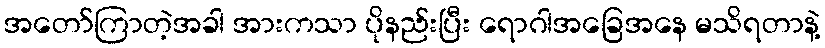
အတော်ကြာတဲ့အခါ အားကသာ ပိုနည်းပြီး ရောဂါအခြေအနေ မသိရတာနဲ့